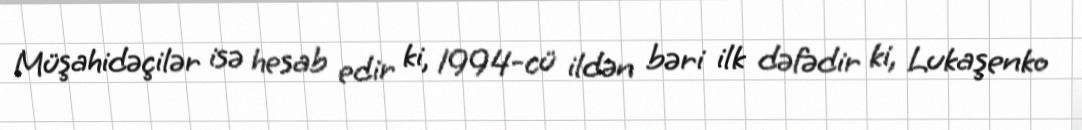
Müşahidəçilər isə hesab edir ki, 1994-cü ildən bəri ilk dəfədir ki, Lukaşenko